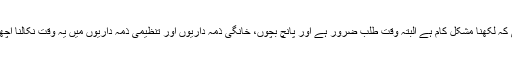
میں یہ تو نہیں کہو ں گی کہ لکھنا مشکل کام ہے البتہ وقت طلب ضرور ہے اور پانچ بچوں، خانگی ذمہ داریوں اور تنظیمی ذمہ داریوں میں یہ وقت نکالنا اچھا خاصہ معرکہ ہوتا ہے۔